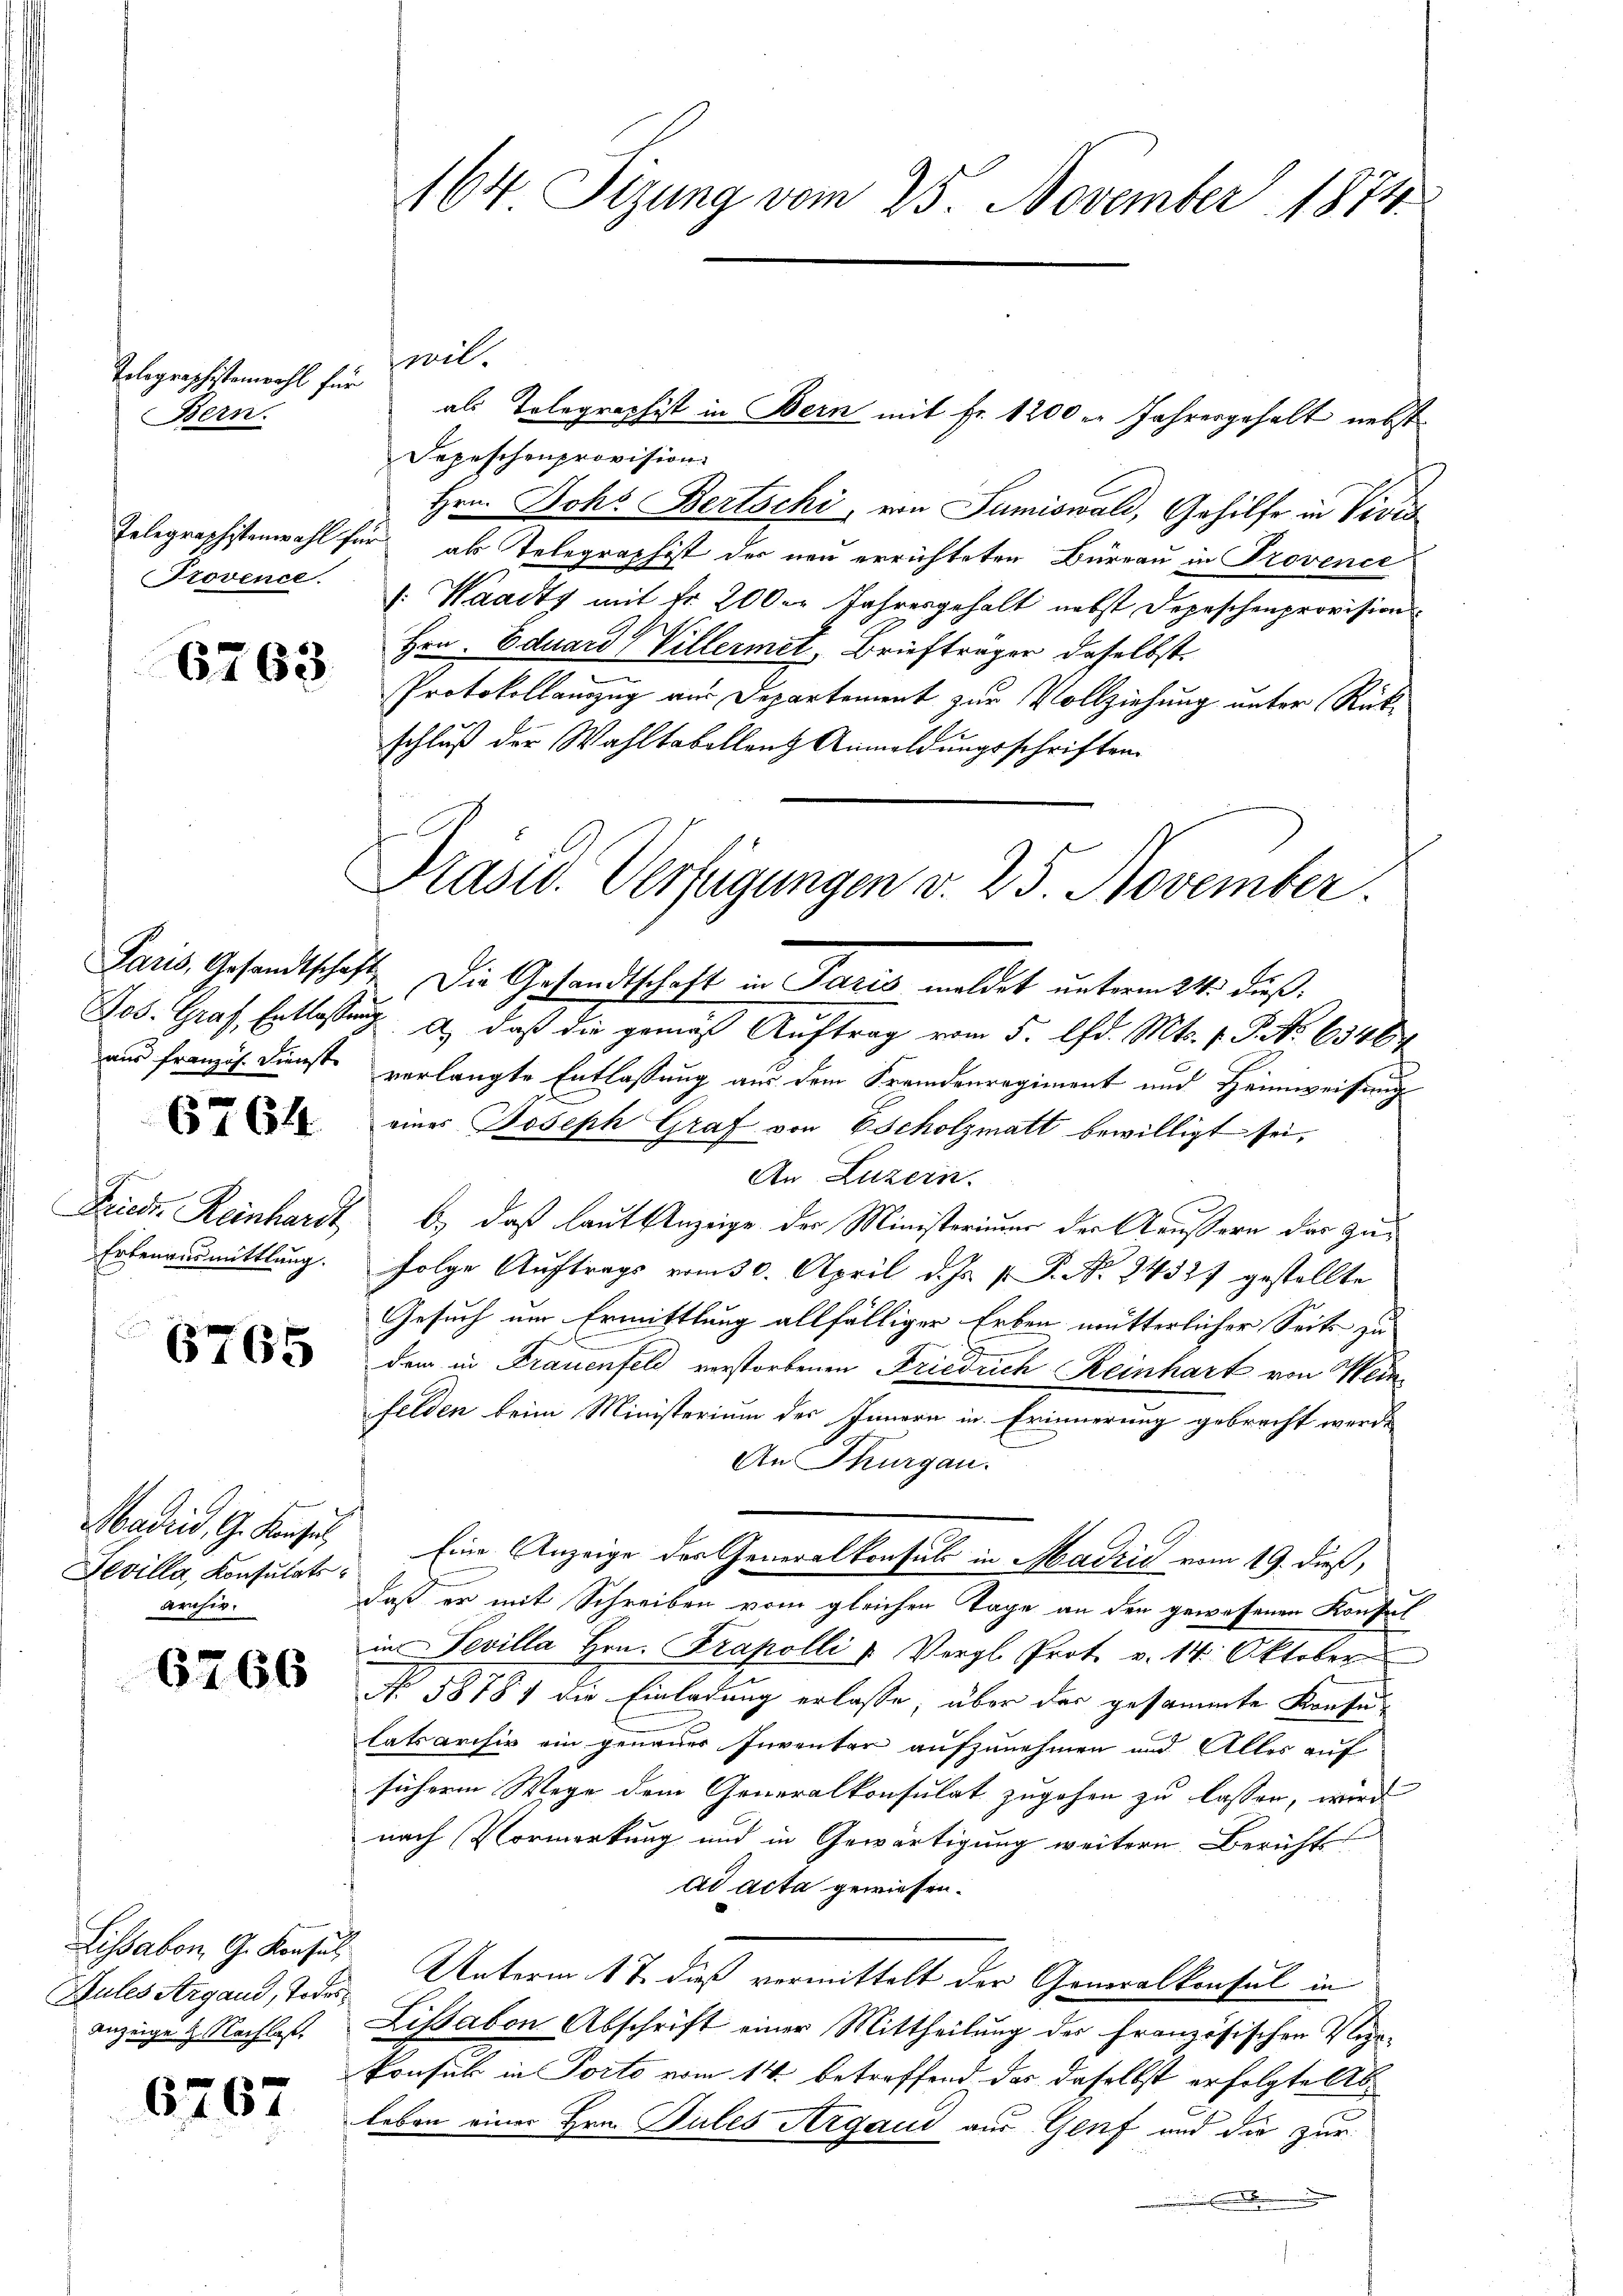
Tolographistenwahl für
Bern.
Telegraphistenwahl für
Provence.

6763

Jos. Graf, Entlassung

6764

Erbenansmittlung.

6765

Fevilla, Konsulatsarchiv.

6766

Lissabon G. Konsul
Zules Argaud, Todes¬
Anzeige 2. Nachlaß.

6767

mil.
als Tolegraphist in Bern mit Fr. 1200 er Jahresgehalt nebst
Sepeschenprovision.
Hrn. Johs. Bertschi, von Sumiswald, Gehilfe in Vidis
als Telegraphist der neu errichteten Büreau in Provence
: Waadty mit Fr. 200er Jahresgehalt nebst Depeschenprovision
Hrn. Eduard (Villermet, Briefträger daselbst.
Protokollanzug aus Departement zur Vollziehung unter Rückschluß der Wahltabellenz Anmeldungsschriften
Paris, Gesandtschaft, die Gesandtschaft in Paris meldet unterm 24. dieß,
d) daß die gemäß Auftrag vom 5. Chr. Mts. 1. P. No 6348
aus französ. Dienst verlangte Entlassung aus dem Fremdenregiment und Heimweisung
eines Joseph Graf von Escholzmatt bewilligt sei,
An Luzern.
Frieder Reinhardt b.) daß laut Anzeige der Ministerium der Aeußern der Zufolge Auftrags vom 30. April d. Js. v. P. No. 24327 gestellte
Gesuch um Ermittlung allfälliger Erben mütterlicher Seits zu
f
dem in Frauenfeld verstorbenen Friedrich Reinhart von Weinfelden beim Ministerium des Innern in Erinnerung gebracht werde
An Thurgau.
Madrid, G. Konsul Eine Anzeige der Generalkonsul in Madrić vom 19. dieß,
daß er mit Schreiben vom gleichen Tage an den gewesenen Konsul
inSevilla Hrn. Frapolli u. Vergl. Prot. v. 14. Oktober
No 5878 die Einladung erlasse, über das gesammte Konfu
lats archiv ein genauer Inventen aufzunehmen und Alles auf
sücherm Wege dem Generalkonsulat zugehen zu lassen, wird
nach Vormerkung und in Gewärtigung weitern Bericht
ad acta gewiesen.
Unterm 17. dieß vermittelt der Generalkonsul in
Lissabon Abschrift einer Mittheilung der französischen Vigi¬
Ponsik in Porto vom 14. betreffend das daselbst erfolgte Ableben einer Hrn. Pules Argaus aus Genf und die zur
.

164. Sizung vom 25. November 1874.

Präsid. Verfügungen v. 25. November.